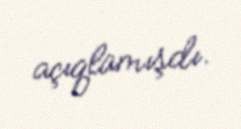
açıqlamışdı.